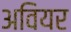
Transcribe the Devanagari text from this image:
अवियर